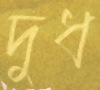
দুধ